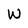
Character: W